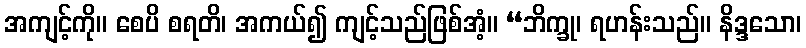
အကျင့်ကို။ စေပိ စရတိ၊ အကယ်၍ ကျင့်သည်ဖြစ်အံ့။ “ဘိက္ခု၊ ရဟန်းသည်။ နိဒ္ဒသော၊